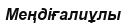
Меңдіғалиұлы